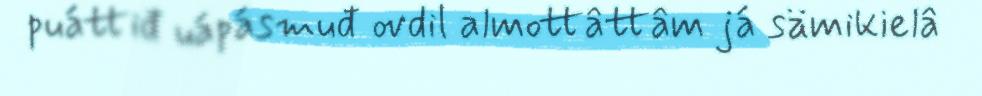
puáttiđ uápásmuđ ovdil almottâttâm já sämikielâ